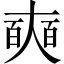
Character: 奭